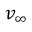
v _ { \infty } \,